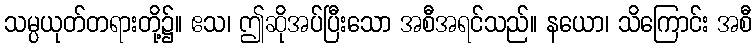
သမ္ပယုတ်တရားတို့၌။ ဧသ၊ ဤဆိုအပ်ပြီးသော အစီအရင်သည်။ နယော၊ သိကြောင်း အစီ